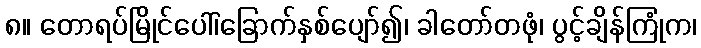
၈။ တောရပ်မြိုင်ပေါ်၊ခြောက်နှစ်ပျော်၍၊ ခါတော်တဖုံ၊ ပွင့်ချိန်ကြုံက၊